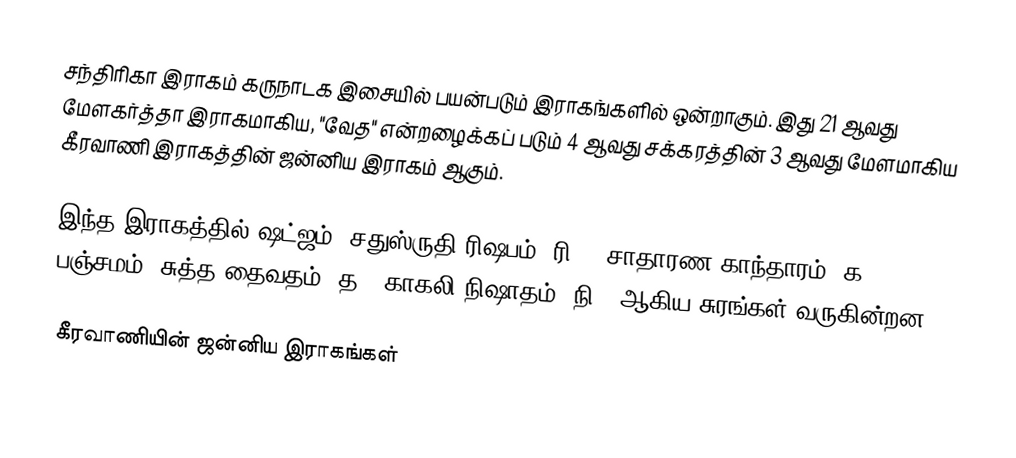
சந்திரிகா இராகம் கருநாடக இசையில் பயன்படும் இராகங்களில் ஒன்றாகும். இது 21 ஆவது மேளகர்த்தா இராகமாகிய, "வேத" என்றழைக்கப் படும் 4 ஆவது சக்கரத்தின் 3 ஆவது மேளமாகிய கீரவாணி இராகத்தின் ஜன்னிய இராகம் ஆகும்.

இந்த இராகத்தில் ஷட்ஜம், சதுஸ்ருதி ரிஷபம் (ரி2), சாதாரண காந்தாரம் (க2), பஞ்சமம், சுத்த தைவதம் (த1) காகலி நிஷாதம் (நி3) ஆகிய சுரங்கள் வருகின்றன.

கீரவாணியின் ஜன்னிய இராகங்கள்